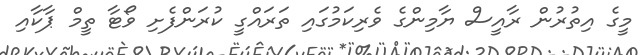
މީގެ އިތުރުން ރާއީސް ޔާމިންގެ ވެރިކަމުގައި ތަރައްގީ ކުރަންފެށި ވޯޓާ ތީމް ޕާކާއި